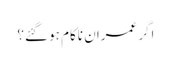
اگر عمران ناکام ہو گئے؟